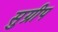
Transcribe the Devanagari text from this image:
सुग्रीप